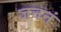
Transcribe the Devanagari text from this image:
जननं